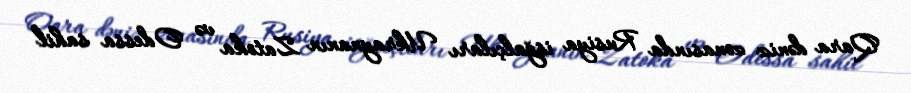
Qara dəniz zonasında Rusiya işğalçıları Ukraynanın Zatoka və Odessa sahil